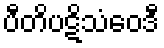
ပီတိပဋိသံဝေဒီ